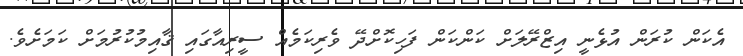
އެކަން ކުރަން އުޅެނީ އިޒްރޭލަށް ކަންކަން ފަހިކޮށްދޭ ވެރިކަމެއް ސީރިއާގައި ޤާއިމުކުރުމަށް ކަމަށެވެ.